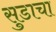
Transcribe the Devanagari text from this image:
सुडाचा